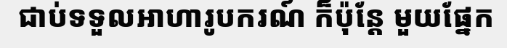
ជាប់ទទួលអាហារូបករណ៍ ក៏ប៉ុន្តែ មួយផ្នែក